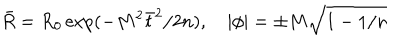
LaTeX: \bar { R } = R _ { 0 } \exp ( - M ^ { 2 } \bar { t } ^ { 2 } / 2 n ) , \quad \left| \phi \right| = \pm M \sqrt { 1 - 1 / n }